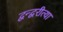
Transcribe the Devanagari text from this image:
द्वन्द्वरीत्या